Scottish Leaving Certificate Examination, 1955
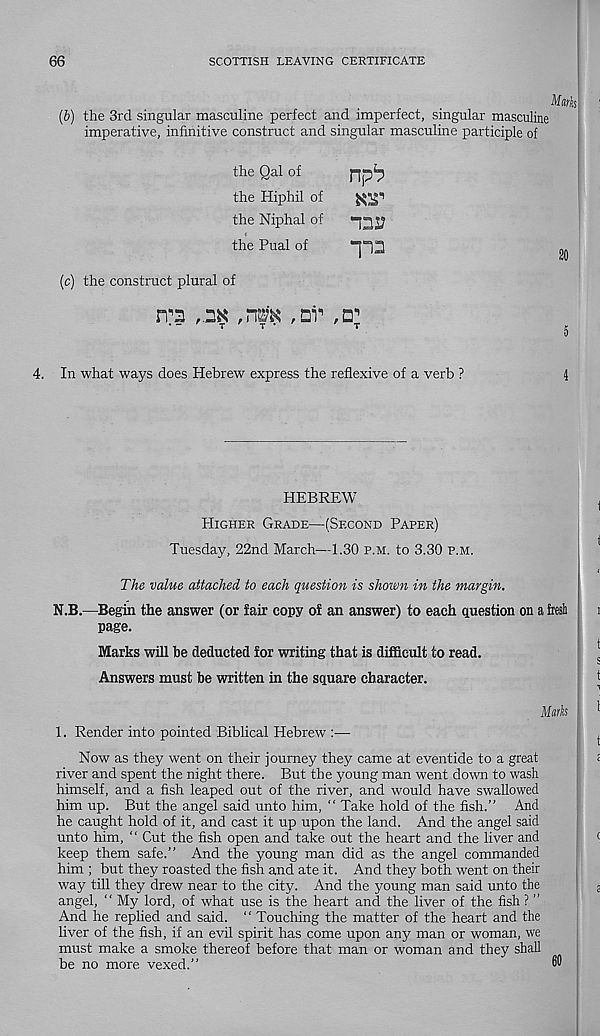
66
SCOTTISH LEAVING CERTIFICATE
Marks
(b) the 3rd singular masculine perfect and imperfect, singular masculine
imperative, infinitive construct and singular masculine participle of
the Qal of
the Hiphil of
the Niphal of
the Pual of
(c) the construct plural of
rT3
,rm ,ni'
4. In what ways does Hebrew express the reflexive of a verb ?
4
npb
“122?
“P3
HEBREW
Higher Grade—(Second Paper)
Tuesday, 22nd March—1.30 p.m. to 3.30 p.m.
The value attached to each question is shown in the margin.
N.B.—Begin the answer (or fair copy of an answer) to each question on a fresh
page.
Marks will be deducted for writing that is difficult to read.
Answers must be written in the square character.
1. Render into pointed Biblical Hebrew :•—■
Now as they went on their journey they came at eventide to a great
river and spent the night there. But the young man went down to wash
himself, and a fish leaped out of the river, and would have swallowed
him up. But the angel said unto him, “ Take hold of the fish.” And
he caught hold of it, and cast it up upon the land. And the angel said
unto him, “ Cut the fish open and take out the heart and the liver and
keep them safe.” And the young man did as the angel commanded
him ; but they roasted the fish and ate it. And they both went on their
way till they drew near to the city. And the young man said unto the
angel, “ My lord, of what use is the heart and the liver of the fish ? ”
And he replied and said. “ Touching the matter of the heart and the
liver of the fish, if an evil spirit has come upon any man or woman, we
must make a smoke thereof before that man or woman and they shall
be no more vexed.”